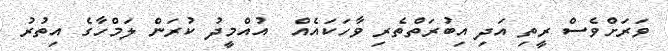
ވަރަށްވެސް ރީތި އަދި އިބުރަތްތެރި ވާހަކައެއް  އުއްމީދު ކުރަން ލަމްހާގެ އިތުރު